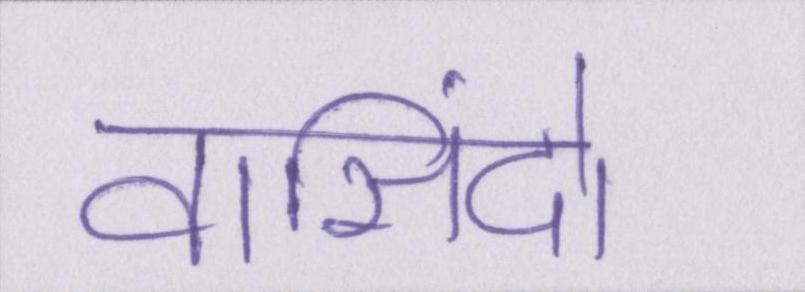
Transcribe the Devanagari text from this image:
वासिंदो